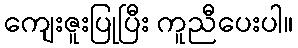
ကျေးဇူးပြုပြီး ကူညီပေးပါ။